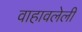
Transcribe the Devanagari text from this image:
वाहावलेली